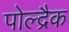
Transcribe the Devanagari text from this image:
पोल्द्रैक